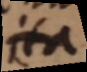
ita